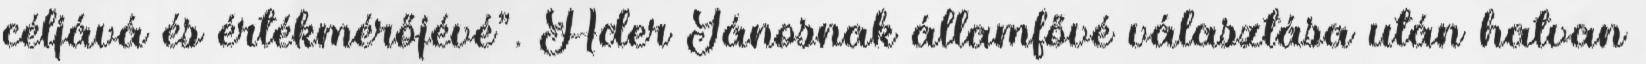
céljává és értékmérőjévé”. Áder Jánosnak államfővé választása után hatvan